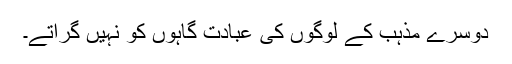
دوسرے مذہب کے لوگوں کی عبادت گاہوں کو نہیں گراتے۔